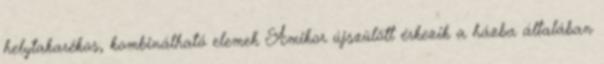
helytakarékos, kombinálható elemek Amikor újszülött érkezik a házba általában